[Report on the health of British troops in the Madras command]
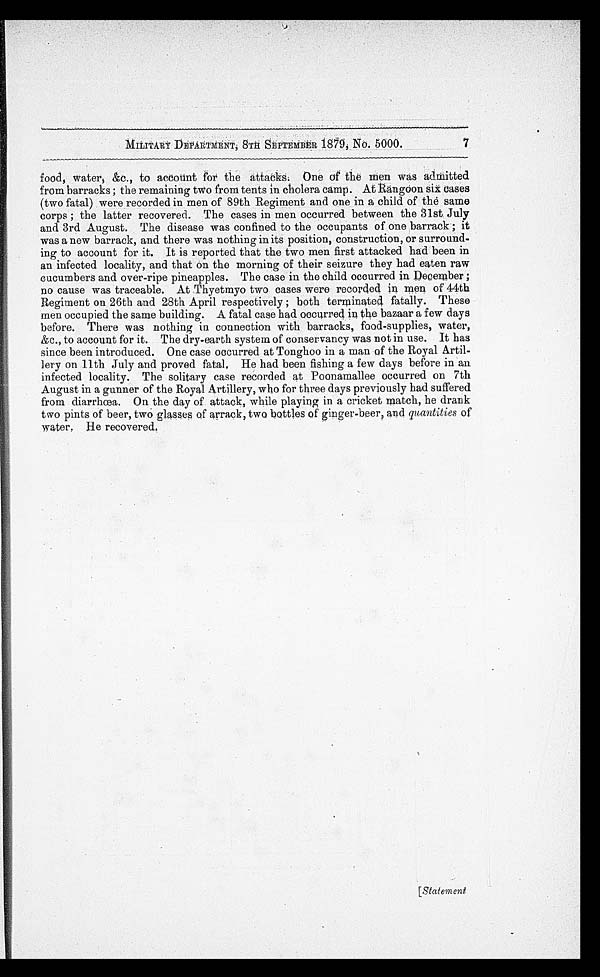
MILITARY DEPARTMENT, 8TH SEPTMEBER 1879, No. 5000.
food, Waters &c., to account for the attacks. One of the men was admitted
from barracks ; the remaining two from tents in cholera c amp. At Rangoon six cases
(two fatal) were recorded in men of 89th Regiment and one in a child of the same
corps ; the latter recovered. The cases in men occurred between the 31st July
and 3rd August. The disease was confined to the occupants of one barrack ; it
was a new barrack, and there was nothing in its position, construction, or surround
-ing to account for it. It is reported that the two men first attacked had been in
an infected locality, and that on the morning of their seizure they had eaten raw
cucumbers and over-ripe pineapples. The case in the child occurred in December ;
no cause was traceable. At Thyetmyo two cases were recorded in men of 44th
Regiment on 26th and 28th April respectively ; both terminated fatally. These
men occupied the same building. A fatal case had occurred in the bazaar a few days
before. There was nothing in connection with barracks, food-supplies, water,
&c., to account for it. The dry-earth system of conservancy was not in use. It has
since been introduced. One case occurred at Tonghoo in a man of the Royal Artil
-lery on 11th July and proved fatal, He had been fishing a few days before in an
infected locality. The solitary case recorded at Poonamallee occurred on 7th
August in a gunner of the Royal Artillery, who for three days previously had suffered
from diarrhœa. On the day of attack, while playing in a cricket match, he drank
two pints of beer, two glasses of arrack, two bottles of ginger-beer, and quantities of
water. He recovered.
7
[Statement